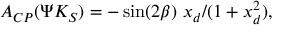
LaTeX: { \cal A } _ { C P } ( \Psi K _ { S } ) = - \sin ( 2 \beta ) \ x _ { d } / ( 1 + x _ { d } ^ { 2 } ) ,